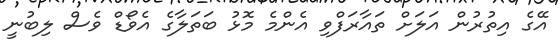
އޭގެ އިތުރުން އަލަށް ތައާރަފްވި އެންމެ މޮޅު ބަތަލާގެ އެވޯޑް ވެސް ލިބުނީ